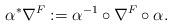
LaTeX: \begin{align*} \alpha^*\nabla^F:=\alpha^{-1}\circ\nabla^F\circ\alpha. \end{align*}